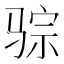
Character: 骔